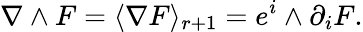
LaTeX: \nabla\wedge F=\langle\nabla F\rangle_{r+1}=e^{i}\wedge\partial_{i}F.